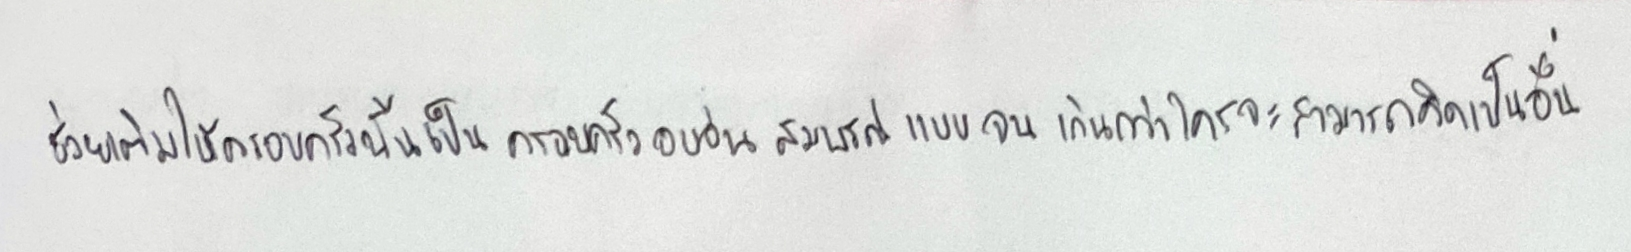
ช่วยเติมให้ครอบครัวนั้นเป็นครอบครัวอบอุ่นสมบูรณ์แบบจนเกินกว่าใครจะสามารถคิดเป็นอื่น